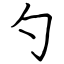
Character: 勺